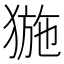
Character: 𤟽